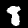
Digit: 8